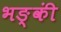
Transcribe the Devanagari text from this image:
भङ्कीं